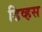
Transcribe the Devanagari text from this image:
डिव्हस